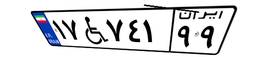
۷۲W۹۷۱۰۳